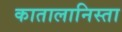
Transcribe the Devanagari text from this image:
कातालानिस्ता